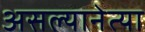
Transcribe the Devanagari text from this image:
असल्यानेत्या